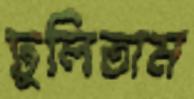
ঢুলিতাম